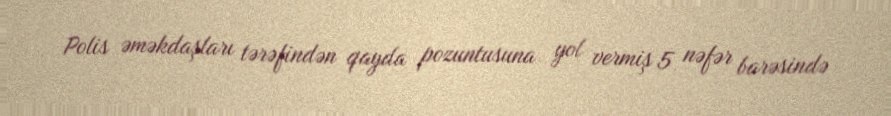
Polis əməkdaşları tərəfindən qayda pozuntusuna yol vermiş 5 nəfər barəsində